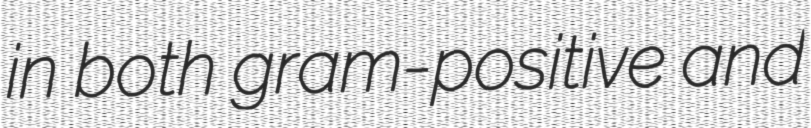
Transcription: in both gram-positive and